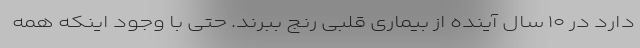
دارد در ۱۰ سال آینده از بیماری قلبی رنج ببرند. حتی با وجود اینکه همه